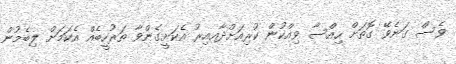
ވެސް ގަނެވޭ ގޮތަށް ހިއްސާ ވިއްކުން ކުރިއަށްދާއއިރު އެކަށީގެންވާ ތަރުހީބެއް އެކަމަށް ލިބެމުން